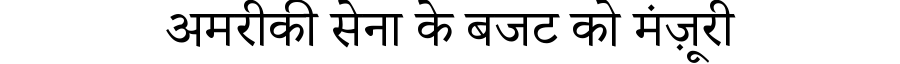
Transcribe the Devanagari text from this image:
अमरीकी सेना के बजट को मंज़ूरी